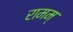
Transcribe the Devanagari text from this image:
रामम्